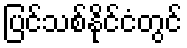
ပြင်သစ်နိုင်ငံတွင်